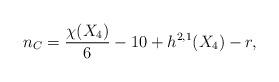
LaTeX: \begin{align*}n_C={\chi(X_4)\over6}-10+h^{2,1}(X_4) - r,\end{align*}